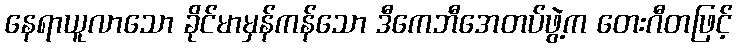
နေရာယူလာသော ခိုင်မာမှန်ကန်သော ဒီကေဘီအေတပ်ဖွဲ့က တေးဂီတဖြင့်